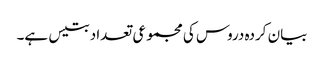
بیان کردہ دروس کی مجموعی تعداد بتیس ہے۔